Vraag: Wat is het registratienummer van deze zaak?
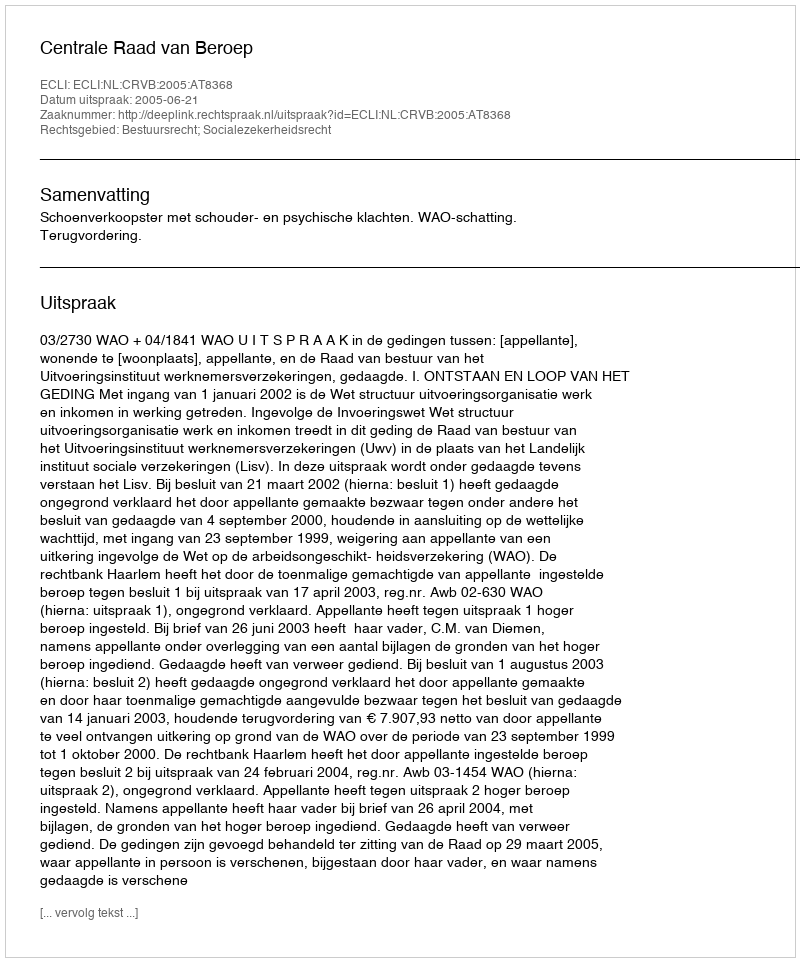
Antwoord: http://deeplink.rechtspraak.nl/uitspraak?id=ECLI:NL:CRVB:2005:AT8368